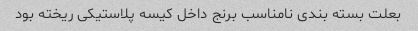
بعلت بسته بندی نامناسب برنج داخل کیسه پلاستیکی ریخته بود